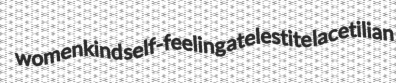
womenkind self-feeling atelestite lacetilian